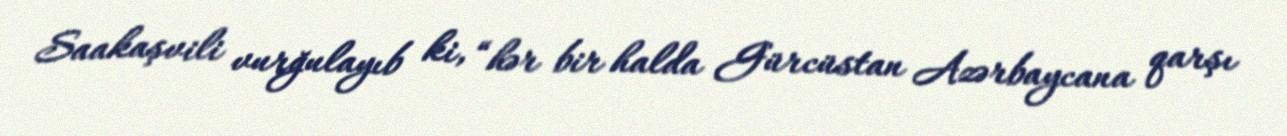
Saakaşvili vurğulayıb ki, “hər bir halda Gürcüstan Azərbaycana qarşı